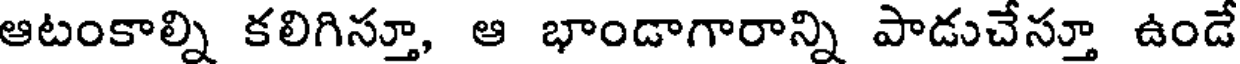
ఆటంకాల్ని కలిగిస్తూ, ఆ భాండాగారాన్ని పాడుచేస్తూ ఉండే